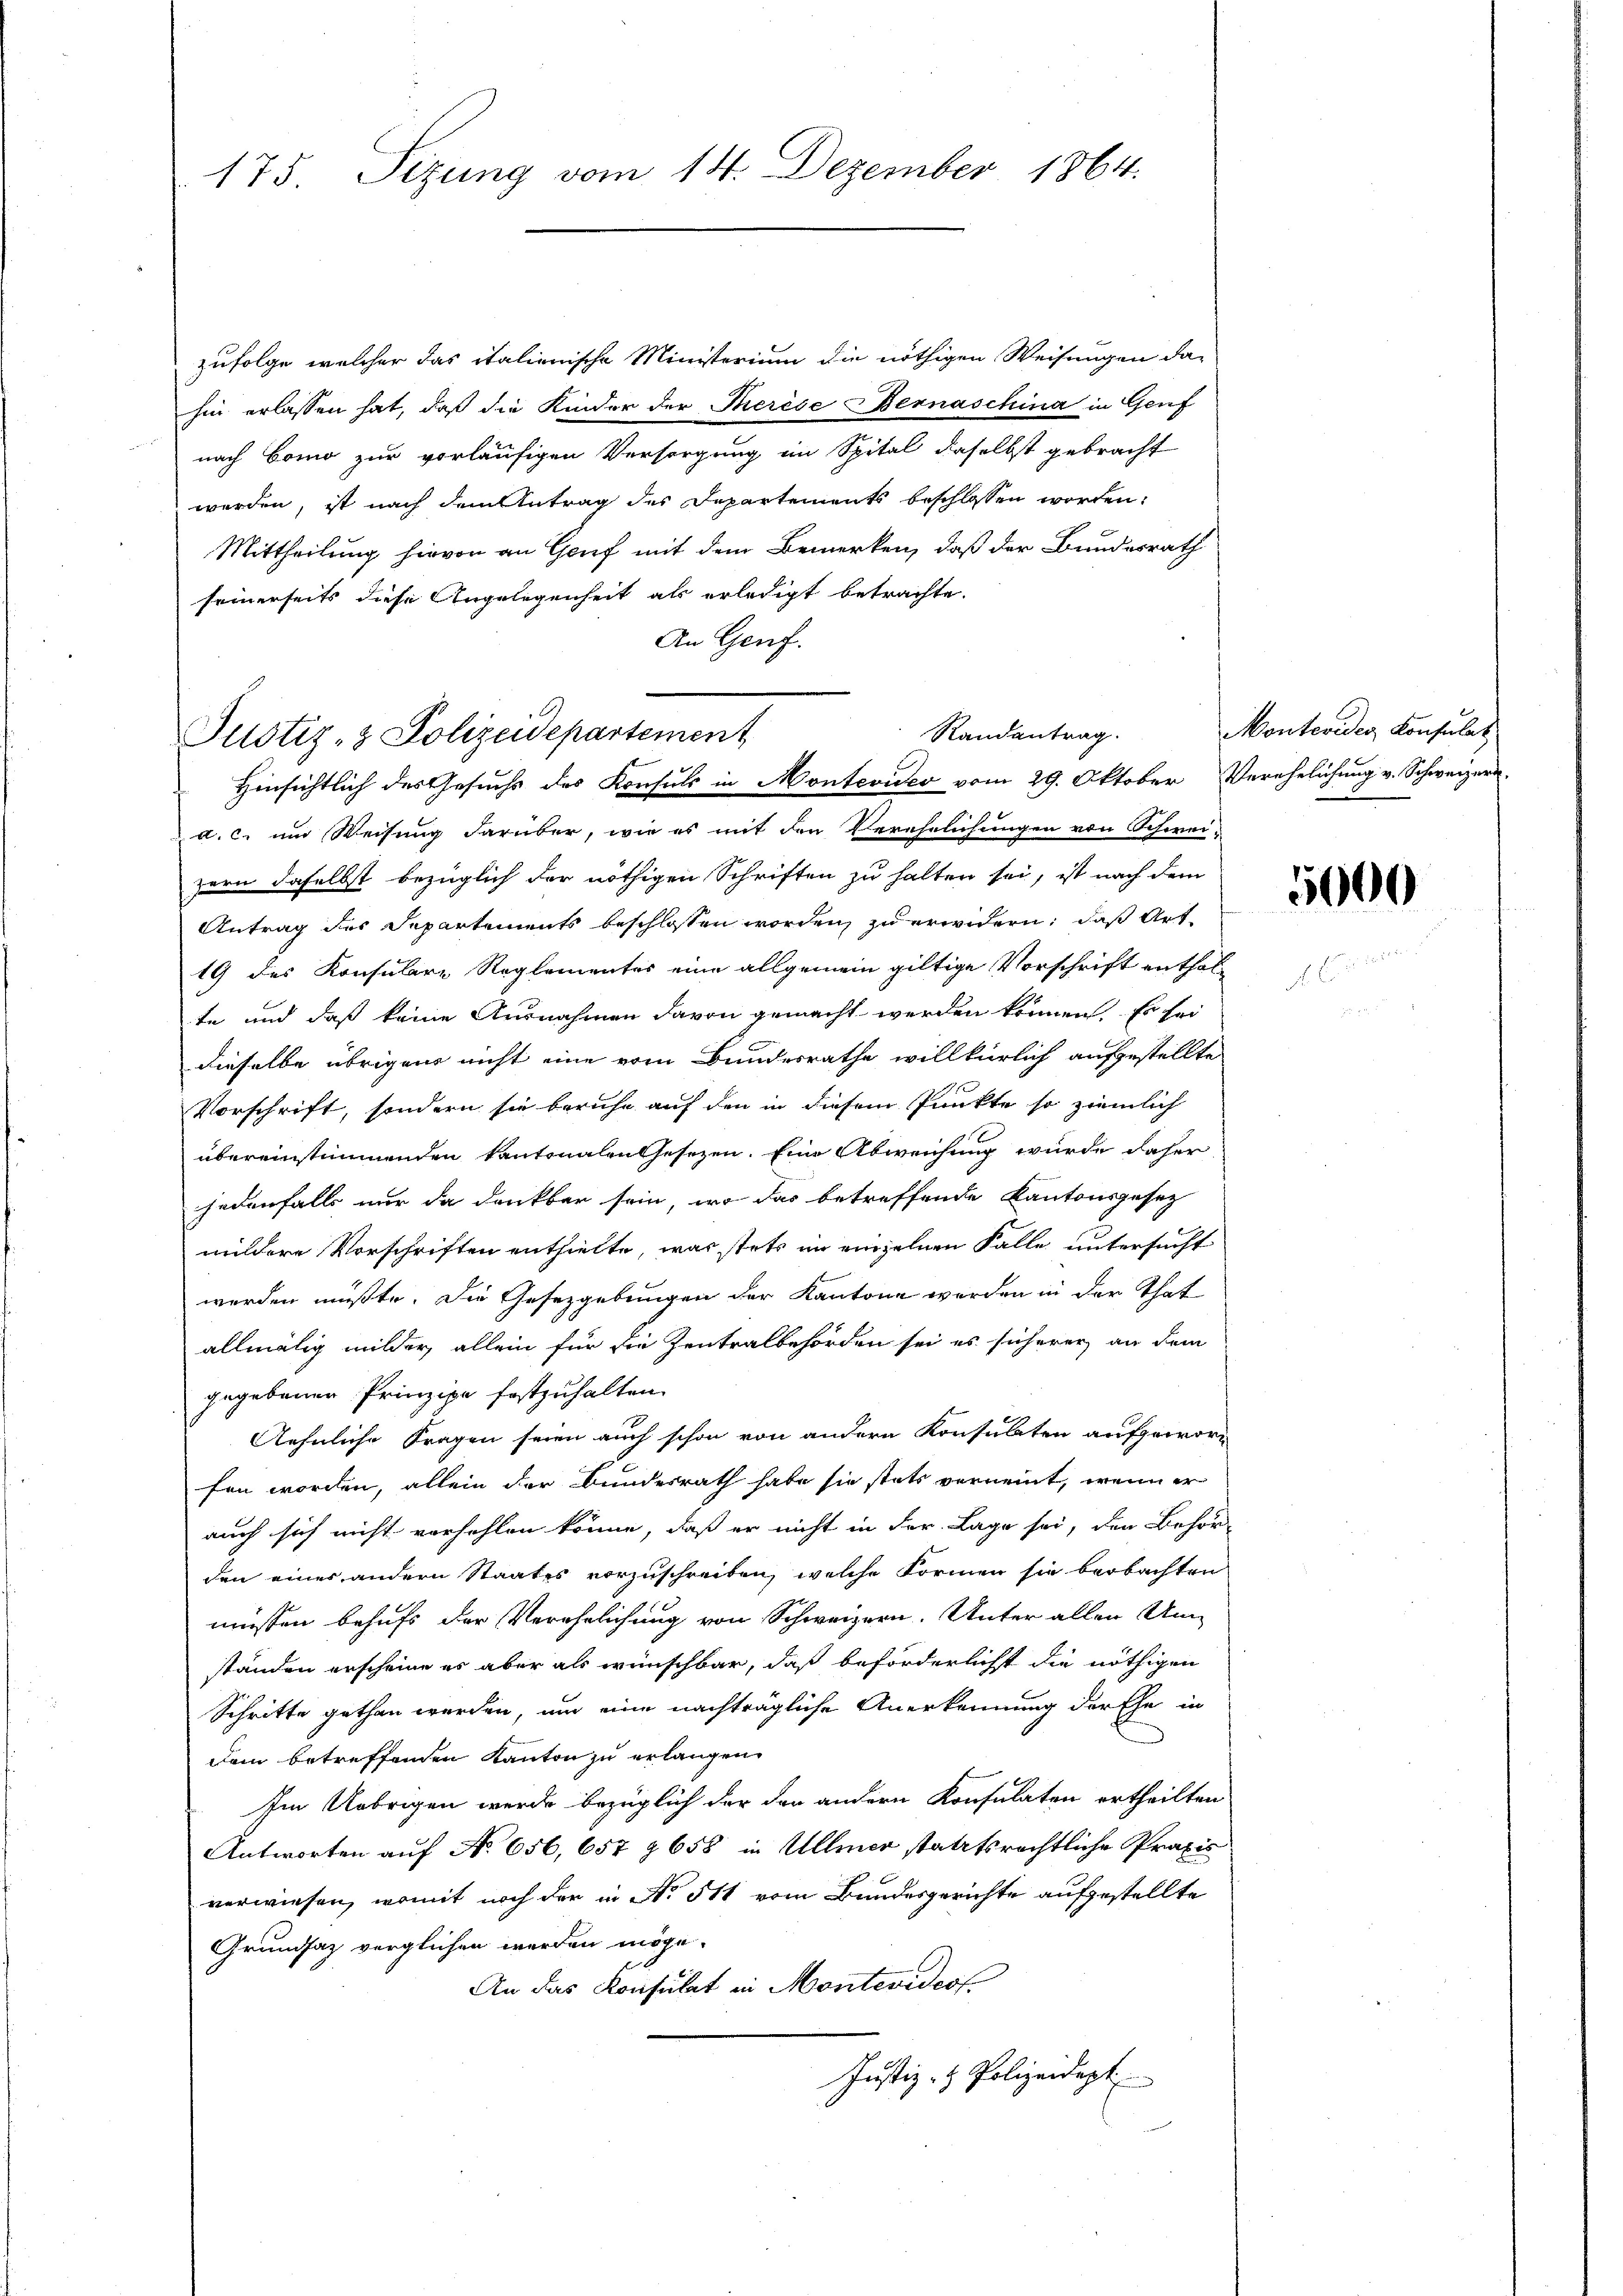
175. Sizung vom 14. Dezember 1864.

zufolge, welcher das italienische Ministerium die nöthigen Weisungen dahin erlassen hat, daß die Kinder der Therese Bernaschina in Genf
nach Como zur vorläufigen Versorgung im Spital daselbst gebracht
werden, ist nach dem Antrag des Departements beschlossen worden,
Mittheilung hievon an Genf mit dem Bemerken, daß der Bundesrath
seinerseits diese Angelegenheit als erledigt betrachte.
An Genf.
Randantrag.
Hinsichtlich des Gesuchs des Konsuls in Montevideo vom 29. Oktober Verehelichung v. Schweizern.
a. c. und Weisung darüber, wie es mit den Verehelichungen von Schwei-
zern daselbst bezüglich der nöthigen Schriften zu halten sei, ist nach dem
Antrag des Departements beschlossen worden, zu erwidern; daß Art
19 des Konsulare Reglementes eine allgemein giltige Vorschrift enthalte und daß keine Ausnahmen davon gemacht werden können. Es sei
dieselbe übrigens nicht eine vom Bundesrathe willkürlich aufgestellte
Vorschrift, sondern sie beruhe auf den in diesem Punkte so ziemlich
übereinstimmenden Kantonalen Gesezen. Eine Abweichung wurde daher
jedenfalls nur da dankbar sein, wo das betreffende Kantonsgesetz
mildere Vorschriften enthielte, was stets im einzelnen Falle untersucht
werden müßte. Die Gesetzgebungen der Kantone werden in der That
allmälig milder, allein für die Zentralbehörden sei es sicherer an dem
gegebenen Prinzipe festzuhalten.
Aehnliche Fragen seien auch schon von andern Konsulaten aufgewor-
fen worden, allein der Bundesrath habe sie stets verneint, wenn er
auch sich nicht verhehlen könne, daß er nicht in der Lage sei, den Behör-
den eines andern Staates vorzuschreiben, welche Formen sie beobachten
müssen behufs der Verehelichung von Schweizern. Unter allen Um-
ständen erscheine es aber als wünschbar, daß beförderlicht die nöthigen
Schritte gethan werden, um eine nachträgliche Anerkennung der Ehe in
dan betreffenden Kanton zu erlangen
Im Uebrigen werde bezüglich der den andern Konsulaten ertheilten
Antworten auf No 656, 657 § 658 in Ullmer statttsrechtliche Praxis
verwiesen, womit noch der in No 511 vom Bundesgerichte aufgestellte
Grundsaz verglichen werden möge.
An das Konsulat in Montevideof
Justiz- & Polizeidept

Justiz- & Polizeidepartement

Montevides Konsulat

5000